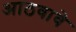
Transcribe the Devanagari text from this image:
आठवावे